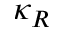
\kappa _ { R }